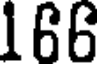
166